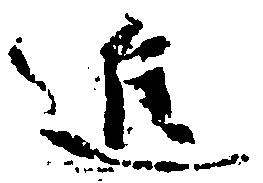
進